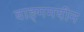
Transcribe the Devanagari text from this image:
वाङ्ममयीन